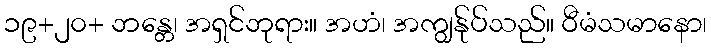
၁၉+၂၀+ ဘန္တေ၊ အရှင်ဘုရား။ အဟံ၊ အကျွန်ုပ်သည်။ ဝီမံသမာနော၊